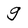
Character: g